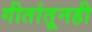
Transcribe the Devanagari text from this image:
गीतांतूनही